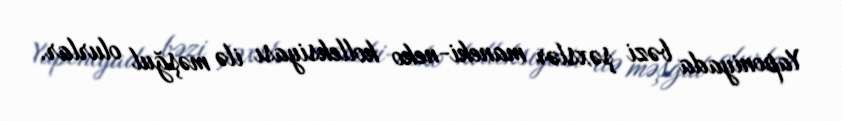
Yaponiyada bəzi şəxslər maneki-neko kolleksiyası ilə məşğul olurlar.